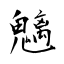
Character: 魑